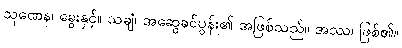
သုဏေန၊ ခွေးနှင့်။ သချံ၊ အဆွေခင်ပွန်း၏ အဖြစ်သည်။ အဿ၊ ဖြစ်၏။